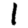
Digit: 1